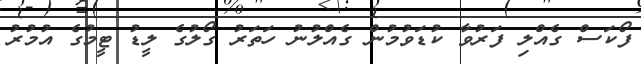
ފޯކަސް ގެއްލި ފަރުވާ ކުޑަވުމުން ގެއްލުނު ހަތަރު ގޯލުގެ ލީޑު ޓީމުގެ އުމުރު